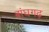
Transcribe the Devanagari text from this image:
बांघगढ़